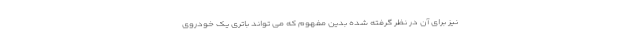
نیز برای آن در نظر گرفته شده بدین مفهوم که می تواند باتری یک خودروی